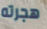
هجرته